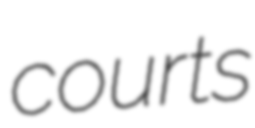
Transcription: courts